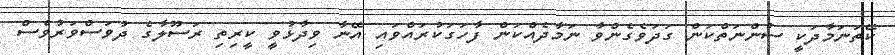
ކޭތަނަމާދަކީ ސުންނަތްކަން ގަދަވެގެންވާ ނަމާދެއްކަން ފާހަގަކުރައްވައި އޭނާ ވިދާޅުވީ ކީރިތި ރަސޫލާގެ ދުވަސްވަރުވެސް